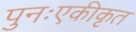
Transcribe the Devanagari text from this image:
पुनःएकीकृत